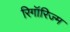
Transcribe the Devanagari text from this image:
रिगॉरिज्म